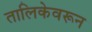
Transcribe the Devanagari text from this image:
तालिकेवरून